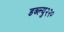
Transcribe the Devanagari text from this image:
डब्ल्यु२२०